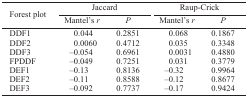
<table><thead><tr><td rowspan="3"><b>Forest plot</b></td><td colspan="2"><b>Jaccard</b></td><td colspan="2"><b>Raup-Crick</b></td></tr><tr><td><b>Mantel’s <i>r</i></b></td><td><b><i>P</i></b></td><td><b>Mantel’s <i>r</i></b></td><td><b><i>P</i></b></td></tr></thead><tbody><tr><td>DDF1</td><td>0.044</td><td>0.2851</td><td>0.068</td><td>0.1867</td></tr><tr><td>DDF2</td><td>0.0060</td><td>0.4712</td><td>0.035</td><td>0.3348</td></tr><tr><td>DDF3</td><td>−0.054</td><td>0.6961</td><td>0.0031</td><td>0.4880</td></tr><tr><td>FPDDF</td><td>−0.049</td><td>0.7251</td><td>0.031</td><td>0.3779</td></tr><tr><td>DEF1</td><td>−0.13</td><td>0.8136</td><td>−0.32</td><td>0.9964</td></tr><tr><td>DEF2</td><td>−0.11</td><td>0.8588</td><td>−0.12</td><td>0.8677</td></tr><tr><td>DEF3</td><td>−0.092</td><td>0.7737</td><td>−0.17</td><td>0.9424</td></tr></tbody></table>